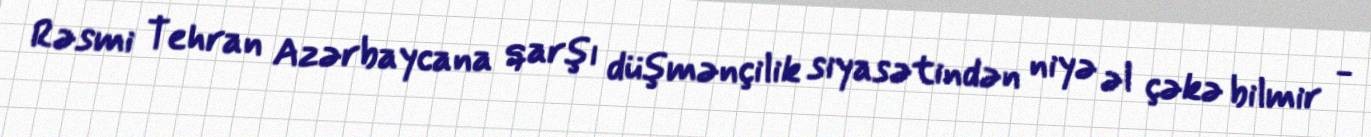
Rəsmi Tehran Azərbaycana qarşı düşmənçilik siyasətindən niyə əl çəkə bilmir -